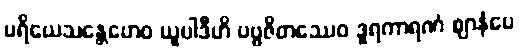
ပရိယေသန္တေဟေဝ ယူပါဒီဟိ ပဗ္ဗဇိတဿေဝ ဒူရကာရဏံ ဈာနံပေ